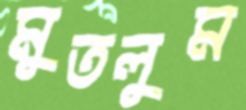
মুতলুম